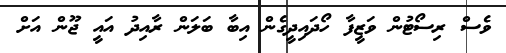
ވެސް ރިސޯޓުން ވަޒީފާ ހޯދައިދީގެން އިބާ ބަލަން ރާއިދު އައީ ޖޫން އަށް